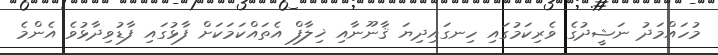
މުހައްމަދު ނަޝީދުގެ ވެރިކަމުގައި ހިނގައިދިޔަ ޤާނޫނާއި ޚިލާފް އެތައްކަމަކަށް ފާޅުގައި ފާޑުވިދާޅުވެ އެންމެ